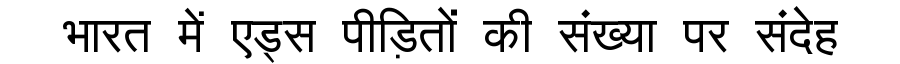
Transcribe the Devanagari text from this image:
भारत में एड्स पीड़ितों की संख्या पर संदेह